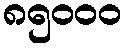
၈၅၀၀၀